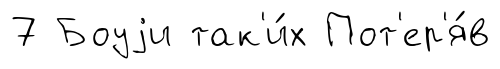
7 Боуjи так'и́х Пот'ер'я́в